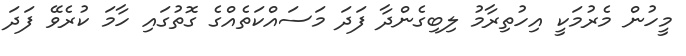
މީހުން މެރުމަކީ އިހުތިރާމު ލިބިގެންދާ ފަދަ މަސައްކަތެއްގެ ގޮތުގައި ހާމަ ކުރެވޭ ފަދަ